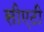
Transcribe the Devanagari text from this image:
सीएटी